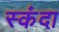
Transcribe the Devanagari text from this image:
स्कंदा